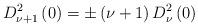
LaTeX: \begin{align*}D_{\nu +1}^{2}\left( 0\right) =\pm \left( \nu +1\right) D_{\nu }^{2}\left(0\right) \end{align*}